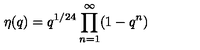
\eta ( q ) = q ^ { 1 / 2 4 } \prod _ { n = 1 } ^ { \infty } ( 1 - q ^ { n } )